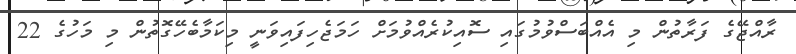
ރާއްޖޭގެ ފަރާތުން މި އެއްބަސްވުމުގައި ސޮއިކުރެއްވުމަށް ހަމަޖެހިފައިވަނީ މިކަމާބެހޭގޮތުން މި މަހުގެ 22